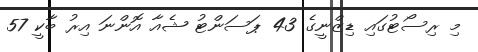
މި ރިސޯޓުގައި ޑިޒްނީގެ 43 ޕަސަންޓު ޝެއާ އޮންނަ އިރު ބާކީ 57